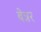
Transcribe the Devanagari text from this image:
बेन्नर